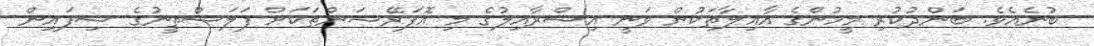
ބުނެއެވެ. ބަންދުކުރި މީހުންގެ އާއިލާތަކުން ވަނީ އިސްރާއިލުގެ މި އޮޕަރޭޝަންތަކަށް ފަލަސްތީނުގެ ސިފައިން